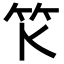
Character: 𥫪